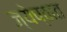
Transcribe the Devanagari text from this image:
ज्येष्ठात